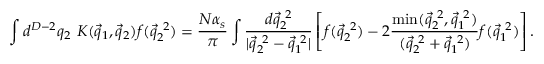
\int d ^ { D - 2 } q _ { 2 } \, \, { \cal K } ( \vec { q } _ { 1 } , \vec { q } _ { 2 } ) f ( \vec { q } _ { 2 } ^ { ~ 2 } ) = \frac { N \alpha _ { s } } { \pi } \int \frac { d { \vec { q } } _ { 2 } ^ { ~ 2 } } { | { \vec { q } } _ { 2 } ^ { ~ 2 } - { \vec { q } } _ { 1 } ^ { ~ 2 } | } \left[ f ( { \vec { q } } _ { 2 } ^ { ~ 2 } ) - 2 \frac { \operatorname * { m i n } ( \vec { q } _ { 2 } ^ { ~ 2 } , \vec { q } _ { 1 } ^ { ~ 2 } ) } { ( \vec { q } _ { 2 } ^ { ~ 2 } + \vec { q } _ { 1 } ^ { ~ 2 } ) } f ( { \vec { q } } _ { 1 } ^ { ~ 2 } ) \right] .